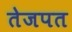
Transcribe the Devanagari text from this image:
तेजपत